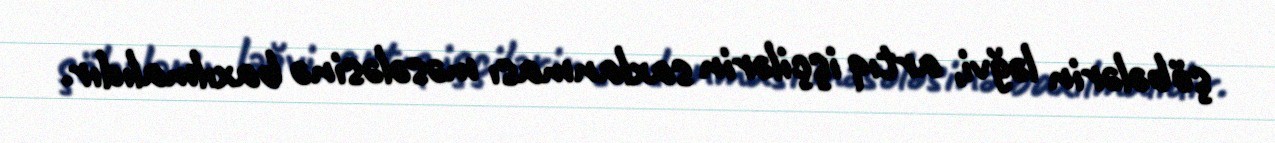
şöbələrin ləğvi, artıq işçilərin saxlanması məsələsinə baxılmalıdır.